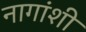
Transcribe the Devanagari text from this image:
नागांशी